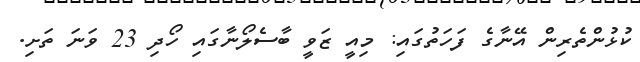
ކުޅުންތެރިން އޭނާގެ ފަހަތުގައި: މިއީ ޒަވީ ބާސެލޯނާގައި ހޯދި 23 ވަނަ ތަށި.